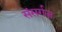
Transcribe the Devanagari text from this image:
संसर्गज